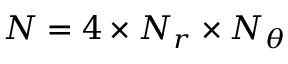
N = 4 \times N _ { r } \times N _ { \theta }